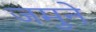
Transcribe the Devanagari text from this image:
जमुने